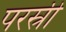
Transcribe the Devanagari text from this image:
परस्री